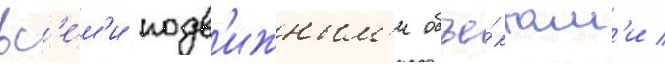
вс'е́м'и подв'ижным'и объе́ктам'и /